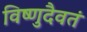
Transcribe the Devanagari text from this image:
विष्णुदैवतं